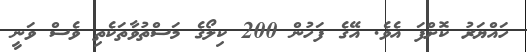
ހައްޔަރު ކޮށްފަ އެވެ. އޭގެ ފަހުން 200 ކިލޯގެ މަސްތުވާތަކެތި ވެސް ވަނީ